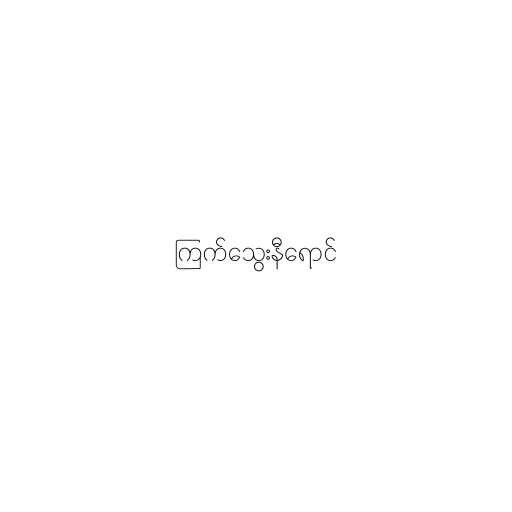
ကြက်သွေးနီရောင်